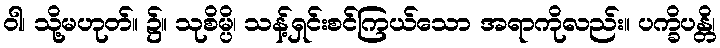
ဝါ၊ သို့မဟုတ်။ ၌။ သုစိမ္ပိ၊ သန့်ရှင်းစင်ကြယ်သော အရာကိုလည်း။ ပက္ခိပန္တိ၊